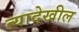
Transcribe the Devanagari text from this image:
त्यादेखील